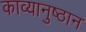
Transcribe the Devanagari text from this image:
काव्यानुष्ठान